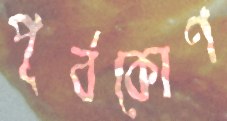
পূর্বকোণ